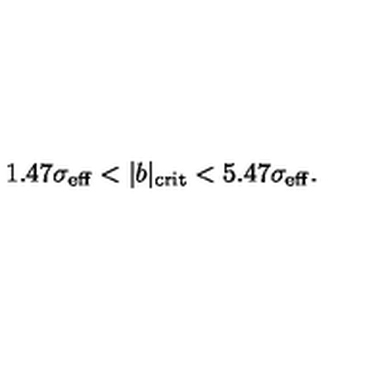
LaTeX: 1 . 4 7 \sigma _ { \mathrm { e f f } } < \vert b \vert _ { \mathrm { c r i t } } < 5 . 4 7 \sigma _ { \mathrm { e f f } } .